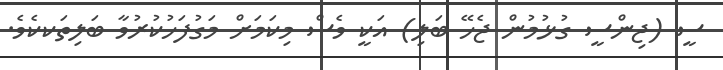
ސީ (ޖިންސީ ގުޅުމުން ޖެހޭ ބަލި) އަކީ ވެސް މިކަމަށް މަގުފަހުކުރުވާ ބަލިތަކކެވެ.